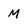
Character: M